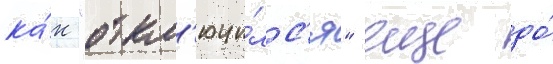
ка́к "откл'ючи́лс'я" еще до́